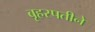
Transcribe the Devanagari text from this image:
बृहस्पतीने